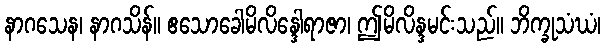
နာဂသေန၊ နာဂသိန်။ ဧသောခေါမိလိန္ဒေါရာဇာ၊ ဤမိလိန္ဒမင်းသည်။ ဘိက္ခုသံဃံ၊